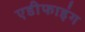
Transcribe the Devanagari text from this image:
एडीफाइंग